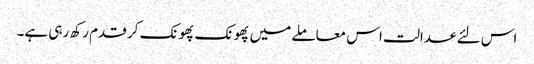
اس لئے عدالت اس معاملے میں پھونک پھونک کر قدم رکھ رہی ہے۔